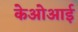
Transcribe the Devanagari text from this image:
केओआई